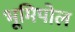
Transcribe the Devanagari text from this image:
भूमिपोल